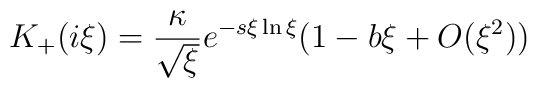
K_{+}(i\xi )=\frac{\kappa }{\sqrt{\xi }}e^{-s\xi \ln \xi }(1-b\xi +O(\xi^{2}))